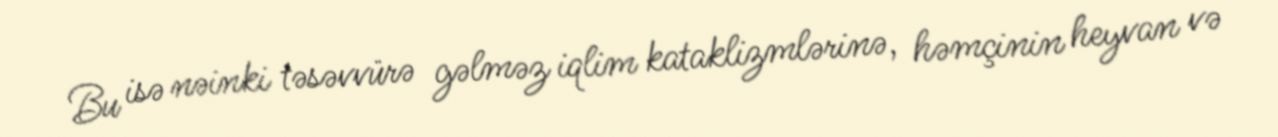
Bu isə nəinki təsəvvürə gəlməz iqlim kataklizmlərinə, həmçinin heyvan və